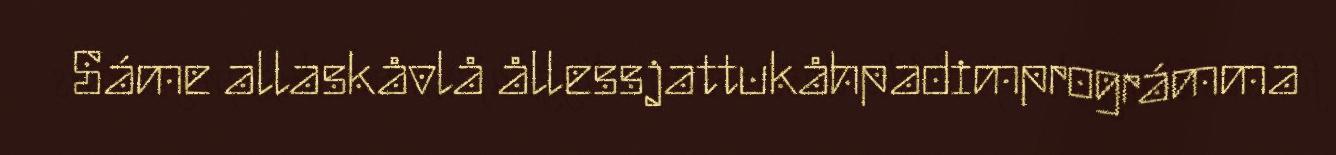
Sáme allaskåvlå ållessjattukåhpadimprográmma